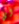
أي